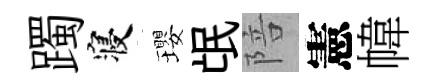
躅寝瓔氓陪憲幃